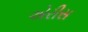
એરીસ